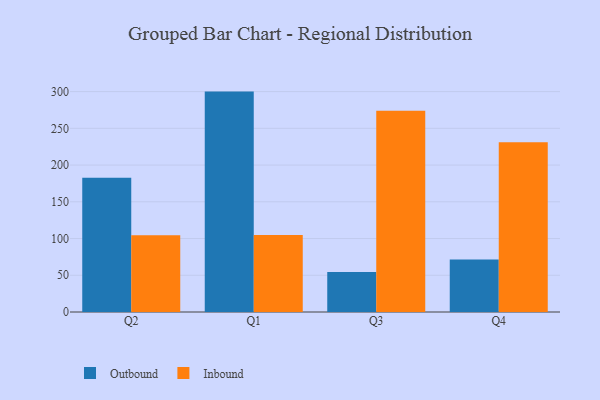
{"axis": {"x": "Quarter", "y": "Satisfaction Score"}, "legend": ["Inbound", "Outbound"], "data": [{"x": "Q2", "y": 182.7, "type": "Outbound"}, {"x": "Q2", "y": 104.6, "type": "Inbound"}, {"x": "Q1", "y": 300.0, "type": "Outbound"}, {"x": "Q1", "y": 104.8, "type": "Inbound"}, {"x": "Q3", "y": 54.4, "type": "Outbound"}, {"x": "Q3", "y": 274.1, "type": "Inbound"}, {"x": "Q4", "y": 71.6, "type": "Outbound"}, {"x": "Q4", "y": 231.0, "type": "Inbound"}]}